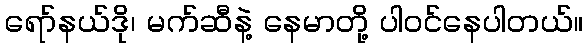
ရော်နယ်ဒို၊ မက်ဆီနဲ့ နေမာတို့ ပါဝင်နေပါတယ်။